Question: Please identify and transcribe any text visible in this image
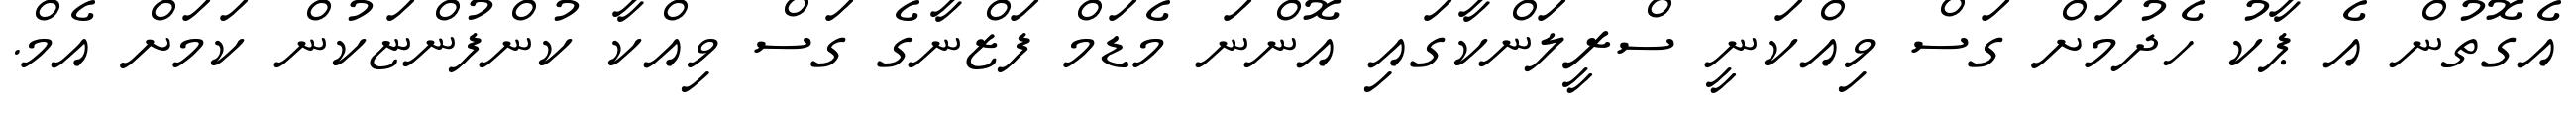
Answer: އެގޮތުން އެ ޕާކު ހެދުމަށް ގަސް ވިއްކަނީ ސްރީލަންކާގައި އޮންނަ މެޑަމް ފަޒްނާގެ ގަސް ވިއްކާ ކުންފުންޏަކުން ކަމަށް އެމް.